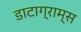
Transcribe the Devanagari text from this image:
डाटाग्राम्स